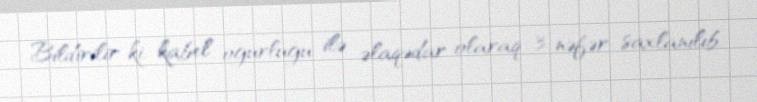
Bildirilir ki, kabel oğurluğu ilə əlaqədar olaraq 3 nəfər saxlanılıb.